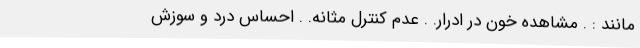
مانند : . مشاهده خون در ادرار. . عدم کنترل مثانه. . احساس درد و سوزش